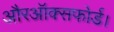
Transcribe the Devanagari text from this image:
औरऑक्सफोर्ड।